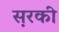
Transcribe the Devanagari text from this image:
स़रकी